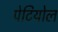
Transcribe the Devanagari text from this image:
पेटियोल